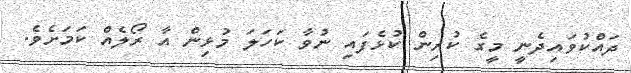
ދައްކުވައިދެނީ މީގެ ކުރިން ކުޅެފައި ނުވާ ކަހަލަ މުޅިން އާ ރޯލެއް ކަމަށެވެ.